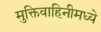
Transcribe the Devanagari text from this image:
मुक्तिवाहिनीमध्ये